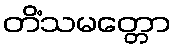
တိံသမတ္တော